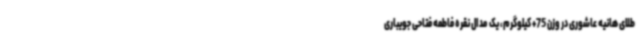
طلای هانیه عاشوری در وزن 75+ کیلوگرم، یک مدال نقره فاطمه فتاحی جویباری